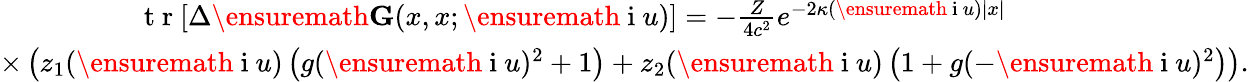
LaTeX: \begin{array}{r}{\mathrm{~t~r~}[\Delta\ensuremath{\mathbf{G}}(x,x;\ensuremath{\mathrm{~i~}}u)]=-\frac{Z}{4c^{2}}e^{-2\kappa(\ensuremath{\mathrm{~i~}}u)|x|}\phantom{xxxxxxxxxxxxxxx}}\\ {\times\left(z_{1}(\ensuremath{\mathrm{~i~}}u)\left(g(\ensuremath{\mathrm{~i~}}u)^{2}+1\right)+z_{2}(\ensuremath{\mathrm{~i~}}u)\left(1+g(-\ensuremath{\mathrm{~i~}}u)^{2}\right)\right).}\end{array}